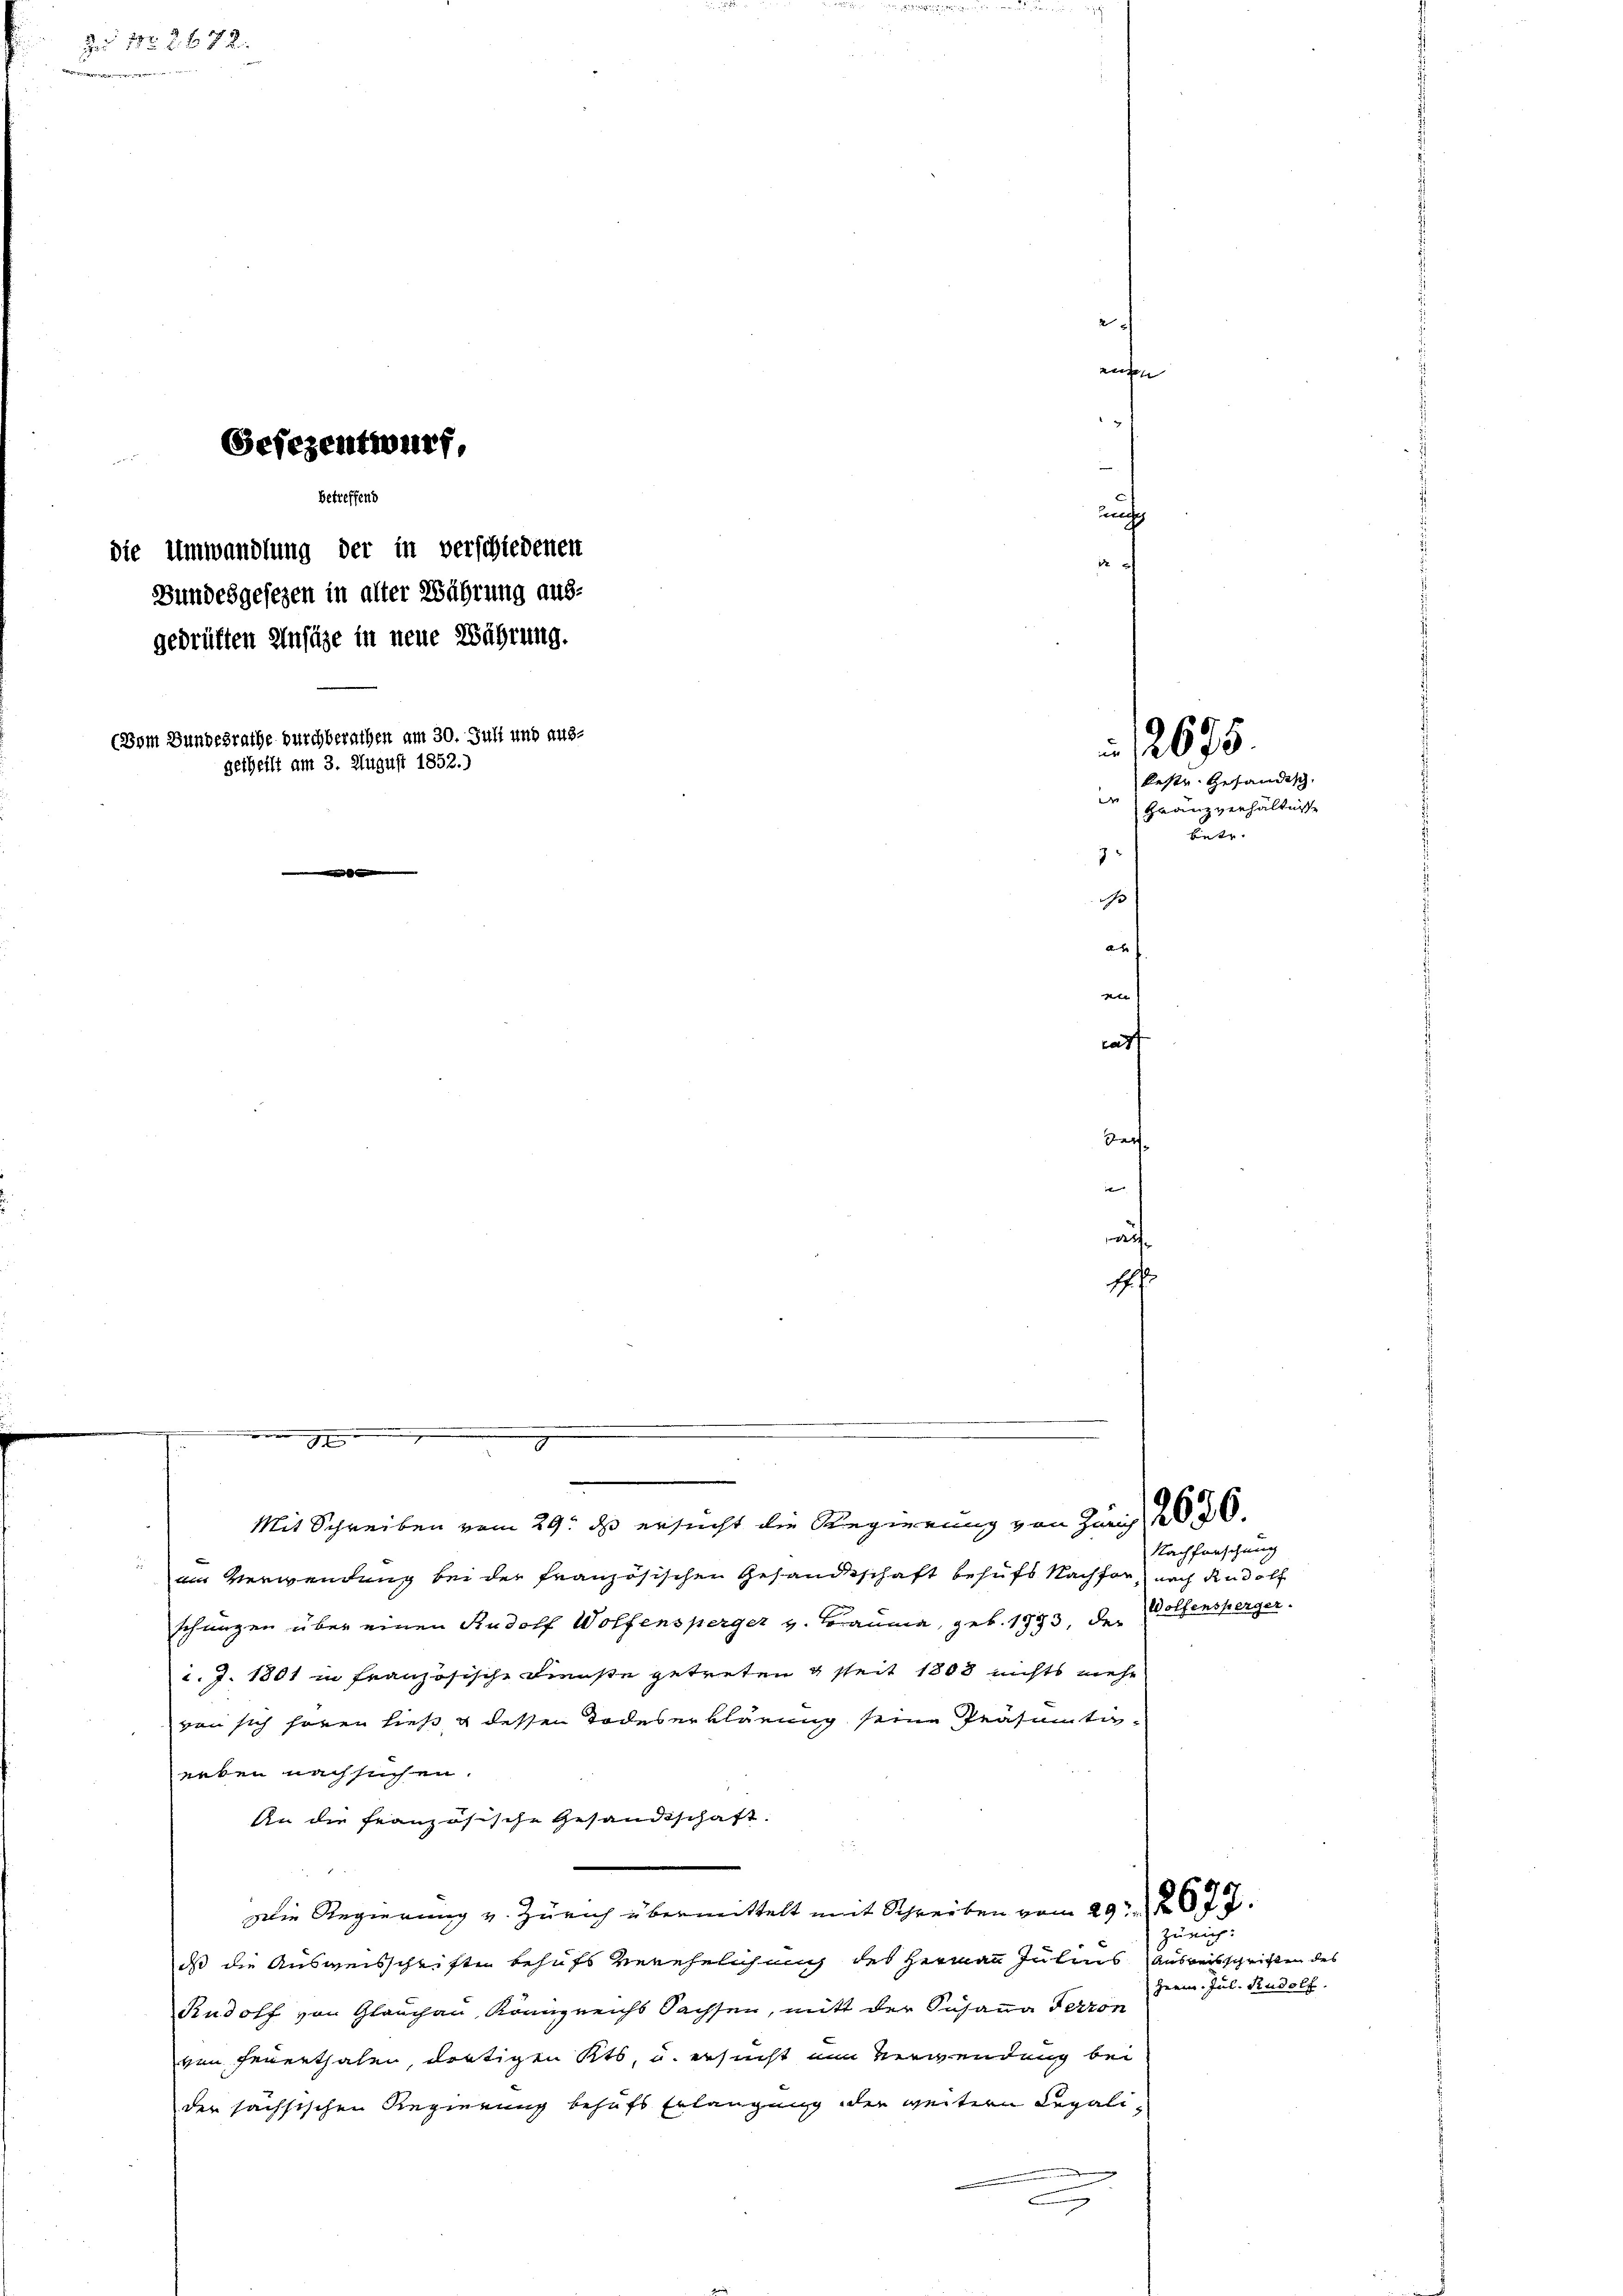
Z. Nr. 267.
de er die

Gefezentwurf,
betreffend
die Umwandlung der in verschiedenen

Bundesgesezen in alter Währung ausgedrüften Einsähe in neue Währung.
(Vom Bundesrathe durchberathen am 30. Juli und aus-
getheilt am 3. August 1852.)

ain Verwendung bei der französischen Gesandtschaft behufs Nachfor nach Rudolf
schungen über einen Rudolf Wolfensperger v. Brauma, geb. 1793, der Wolfensperger.
2. J. 1801 in französische Dienste getreten & seit 1803 nichts mehr
von sich hören ließ & dessen Todeserklärung seine Präsumtineben nachsuchen.
An die französische Gesandtschaft.
Die Regierung v. Zürich übermittelt mit Schreiben vom 29t 2677.
is die Ausweisschrifte behufs verehelichung des Herren Julius Ausreisschriften des
Rudolf von Glauchau, Königreichs Sachsen, mitt der Susanna Terron
von Feuerthalen, dortigen Kts. u. ersucht nun verwendung bei
der sächsischen Regierung behufs Erlangung der weitere Legali¬

e
Mit Schreiben vom 29. ds ersucht die Regierung von Zürich 2050.

1
au
gte
tat

n
1

2
e

Veri
af

e

beste Gesandtsch
d
Gränzverhältnisse
bete. |
7

17. J

2675.

Nachforschung

Zürich:
Germ. Jul. Rudolf.